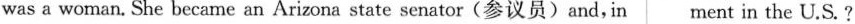
was a woman. She became an Arizona state senator(参议员)and, in